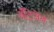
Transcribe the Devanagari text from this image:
ॲंटिजेन